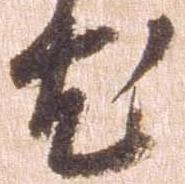
尤